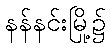
နန်နင်းမြို့၌